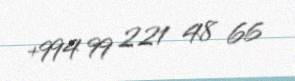
+994 99 221 48 66